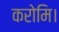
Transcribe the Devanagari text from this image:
करोमि।